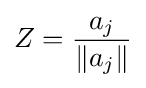
Z={\frac {a_{j}}{\|a_{j}\|}}